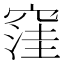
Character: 窪